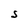
Character: S